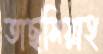
তাছমিয়াহ